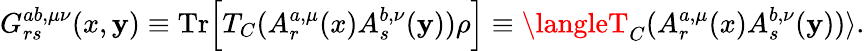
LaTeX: G_{rs}^{ab,\mu\nu}(x,\mathbf{y})\equiv\mathrm{{Tr}}\Bigl[T_{C}(A_{r}^{a,\mu}(x)A_{s}^{b,\nu}(\mathbf{y}))\rho\Bigr]\equiv\langleT_{C}(A_{r}^{a,\mu}(x)A_{s}^{b,\nu}(\mathbf{y}))\rangle.